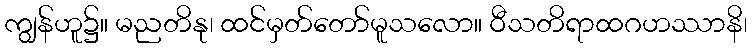
ကျွန်ဟူ၌။ မညတိနု၊ ထင်မှတ်တော်မူသလော။ ဝီသတိရာထဂဟဿာနိ၊